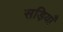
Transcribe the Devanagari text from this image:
सड़ियाँ